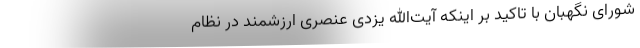
شورای نگهبان با تاکید بر اینکه آیت‌الله یزدی عنصری ارزشمند در نظام